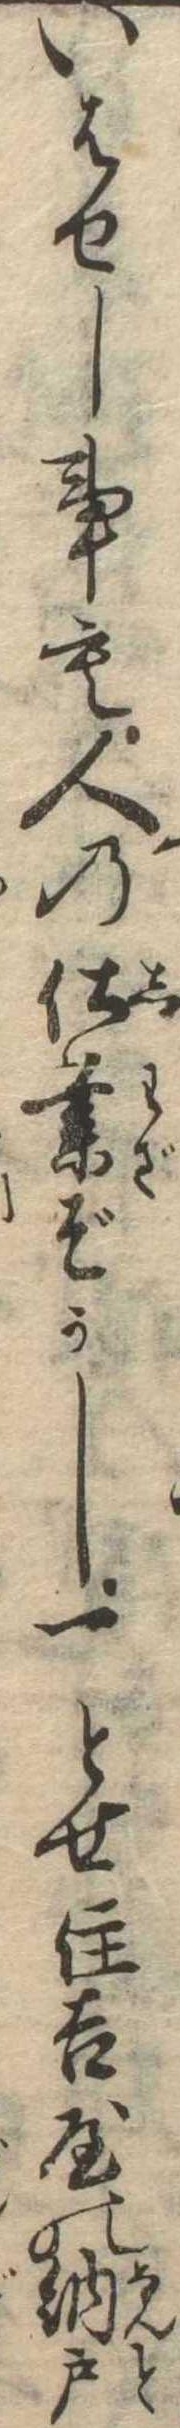
いはせし事も人の仕業ぞかし一とせ住吉屋の納戸